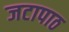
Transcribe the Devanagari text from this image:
जटापाठ